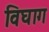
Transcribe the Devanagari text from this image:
विघाग